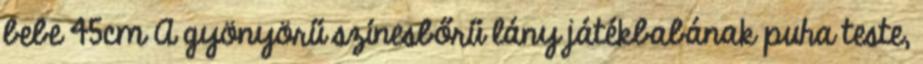
bebe 45cm A gyönyörű színesbőrű lány játékbabának puha teste,